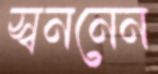
স্বননেন